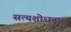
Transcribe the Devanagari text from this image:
सत्यशोधनास